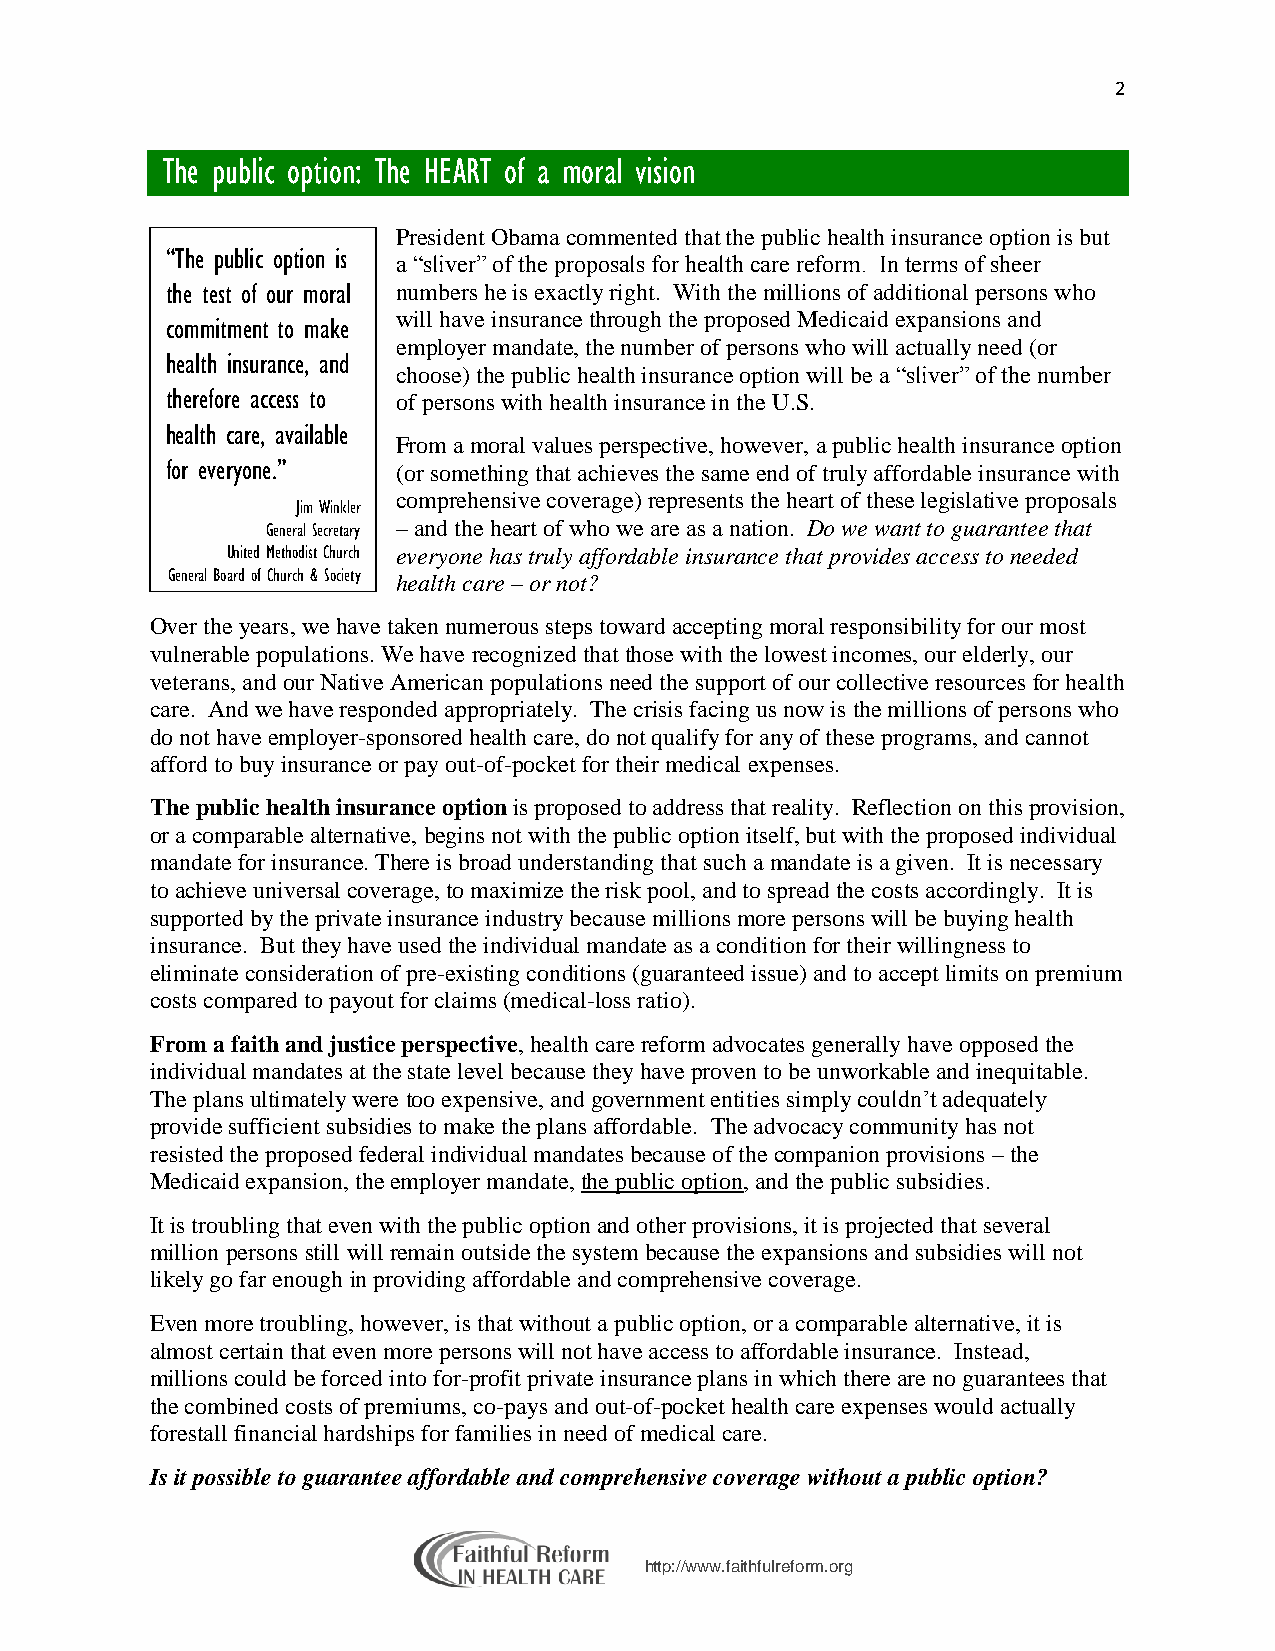
2
 The public option: The HEART of a moral vision
 President Obama commented that the public health insurance option is but
 “The public option is
 a “sliver” of the proposals for health care reform. In terms of sheer
 the test of our moral numbers he is exactly right. With the millions of additional persons who
 will have insurance through the proposed Medicaid expansions and
 commitment to make
 employer mandate, the number of persons who will actually need (or
 health insurance, and
 choose) the public health insurance option will be a “sliver” of the number
 therefore access to of persons with health insurance in the U.S.
 health care, available
 From a moral values perspective, however, a public health insurance option
 for everyone.” (or something that achieves the same end of truly affordable insurance with
 comprehensive coverage) represents the heart of these legislative proposals
 Jim Winkler
 General Secretary – and the heart of who we are as a nation. Do we want to guarantee that
 United Methodist Church everyone has truly affordable insurance that provides access to needed
 General Board of Church & Society health care – or not?
 Over the years, we have taken numerous steps toward accepting moral responsibility for our most
 vulnerable populations. We have recognized that those with the lowest incomes, our elderly, our
 veterans, and our Native American populations need the support of our collective resources for health
 care. And we have responded appropriately. The crisis facing us now is the millions of persons who
 do not have employer-sponsored health care, do not qualify for any of these programs, and cannot
 afford to buy insurance or pay out-of-pocket for their medical expenses.
 The public health insurance option is proposed to address that reality. Reflection on this provision,
 or a comparable alternative, begins not with the public option itself, but with the proposed individual
 mandate for insurance. There is broad understanding that such a mandate is a given. It is necessary
 to achieve universal coverage, to maximize the risk pool, and to spread the costs accordingly. It is
 supported by the private insurance industry because millions more persons will be buying health
 insurance. But they have used the individual mandate as a condition for their willingness to
 eliminate consideration of pre-existing conditions (guaranteed issue) and to accept limits on premium
 costs compared to payout for claims (medical-loss ratio).
 From a faith and justice perspective, health care reform advocates generally have opposed the
 individual mandates at the state level because they have proven to be unworkable and inequitable.
 The plans ultimately were too expensive, and government entities simply couldn’t adequately
 provide sufficient subsidies to make the plans affordable. The advocacy community has not
 resisted the proposed federal individual mandates because of the companion provisions – the
 Medicaid expansion, the employer mandate, the public option, and the public subsidies.
 It is troubling that even with the public option and other provisions, it is projected that several
 million persons still will remain outside the system because the expansions and subsidies will not
 likely go far enough in providing affordable and comprehensive coverage.
 Even more troubling, however, is that without a public option, or a comparable alternative, it is
 almost certain that even more persons will not have access to affordable insurance. Instead,
 millions could be forced into for-profit private insurance plans in which there are no guarantees that
 the combined costs of premiums, co-pays and out-of-pocket health care expenses would actually
 forestall financial hardships for families in need of medical care.
 Is it possible to guarantee affordable and comprehensive coverage without a public option?
 http://www.faithfulreform.org